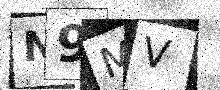
Text: N9MV